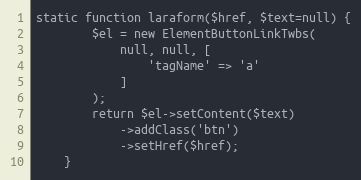
Language: PHP
static function laraform($href, $text=null) {
        $el = new ElementButtonLinkTwbs(
            null, null, [
                'tagName' => 'a'
            ]
        );
        return $el->setContent($text)
            ->addClass('btn')
            ->setHref($href);
    }